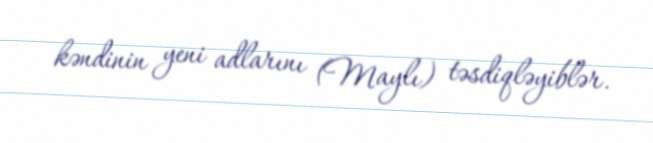
kəndinin yeni adlarını (Maylı) təsdiqləyiblər.